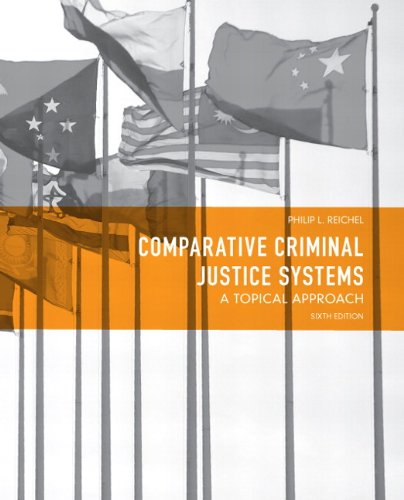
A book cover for Comparative Criminal Justice Systems: A Topical Approach (6th Edition); Philip L. Reichel; Law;